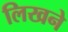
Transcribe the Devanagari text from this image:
लिखने